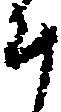
斗